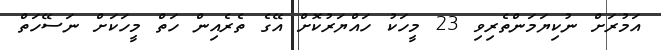
އަމުރަށް ނުކިޔަމަންތެރިވި 23 މީހަކު ހައްޔަރުކޮށް އޭގެ ތެރެއިން ހަތް މީހަކަށް ނަސޭހަތް